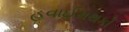
હવાઈમથકો